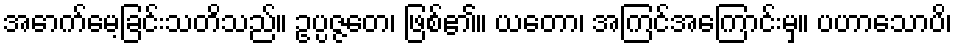
အောက်မေ့ခြင်းသတိသည်။ ဥပ္ပဇ္ဇတေ၊ ဖြစ်၏။ ယတော၊ အကြင်အကြောင်းမှ။ ပဟာသောပိ၊